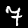
Label: 7